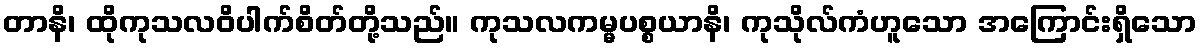
တာနိ၊ ထိုကုသလဝိပါက်စိတ်တို့သည်။ ကုသလကမ္မပစ္စယာနိ၊ ကုသိုလ်ကံဟူသော အကြောင်းရှိသော